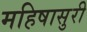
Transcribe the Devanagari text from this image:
महिषासुरी